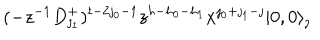
LaTeX: ( - z ^ { - 1 } D _ { \jmath _ { 1 } } ^ { + } ) ^ { t - 2 \jmath _ { 0 } - 1 } z ^ { h - h _ { 0 } - h _ { 1 } } x ^ { \jmath _ { 0 } + \jmath _ { 1 } - \jmath } | 0 , 0 \rangle _ { \jmath }